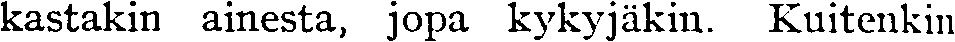
kastakin ainesta, jopa kykyjäkin. Kuitenkin